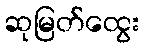
ဆုမြတ်ထွေး